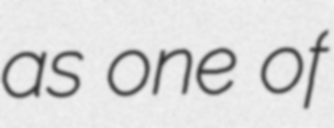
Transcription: as one of